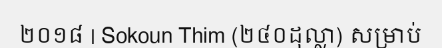
២០១៨ | Sokoun Thim (២៤០ដុល្លា) សម្រាប់